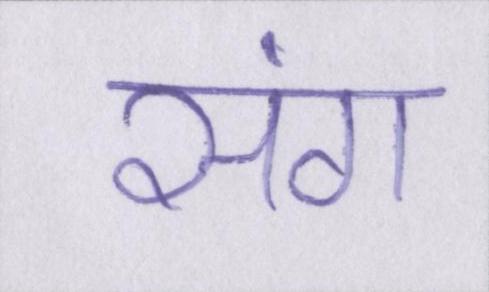
संग